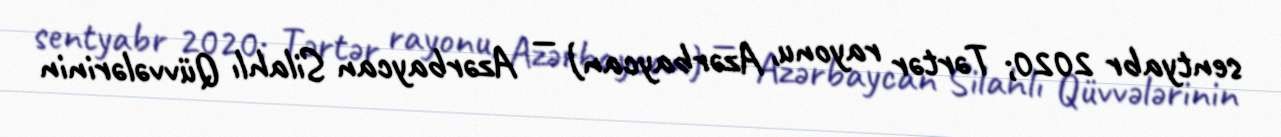
sentyabr 2020; Tərtər rayonu, Azərbaycan) — Azərbaycan Silahlı Qüvvələrinin